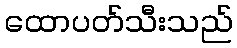
ထောပတ်သီးသည်